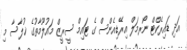
އަދި ޑައިރެކްޓް ނޯރމަލް އިރޭޑިއެންސް ގެ ޓައިމް ސީރީޒް މައުލޫމާތުގެ ޚުލާސާ މި